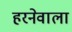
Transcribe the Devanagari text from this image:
हरनेवाला